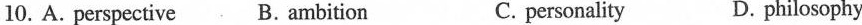
10. A. perspective B. Ambition C. personality D. philosophy